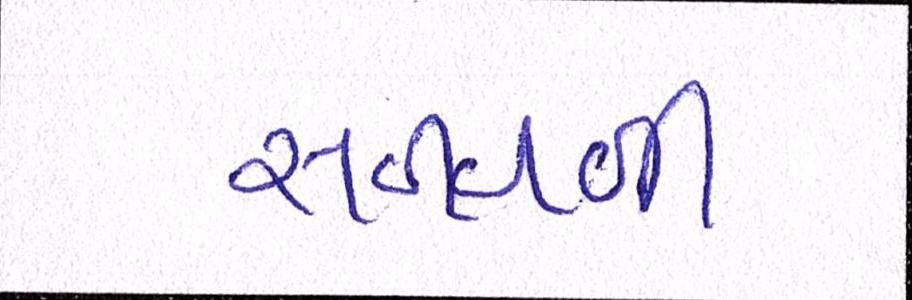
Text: સળવળી